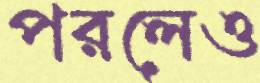
পরলেও